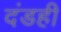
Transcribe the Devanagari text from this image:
दंडही